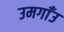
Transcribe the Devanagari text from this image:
उमगाँउ